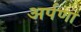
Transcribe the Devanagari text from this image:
अर्पणा